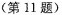
(第11题)